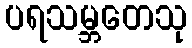
ပရသမ္ဘတေသု